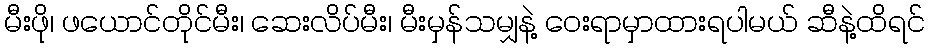
မီးဖို၊ ဖယောင်တိုင်မီး၊ ဆေးလိပ်မီး၊ မီးမှန်သမျှနဲ့ ဝေးရာမှာထားရပါမယ် ဆီနဲ့ထိရင်